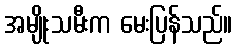
အမျိုးသမီးက မေးပြန်သည်။